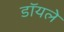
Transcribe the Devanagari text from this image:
डॉयले